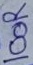
Text: 100R